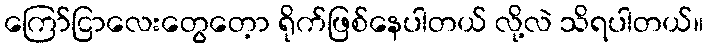
ကြော်ငြာလေးတွေတေ့ာ ရိုက်ဖြစ်နေပါတယ် လို့လဲ သိရပါတယ်။